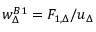
\begin{array} { r } { w _ { \Delta } ^ { B 1 } = F _ { 1 , \Delta } / u _ { \Delta } } \end{array}